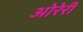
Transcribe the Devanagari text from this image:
ओरेरी